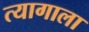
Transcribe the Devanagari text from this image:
त्यागाला